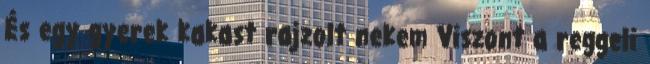
És egy gyerek kakast rajzolt nekem Viszont a reggeli